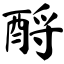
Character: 酹